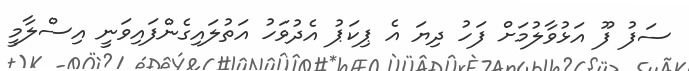
ސަފު ފޫ އަޅުވާލުމަށް ފަހު ދިޔަ އެ ޕިކަޕު އެދުވަހު އަތުލައިގެންފައިވަނީ އިސްލާމީ